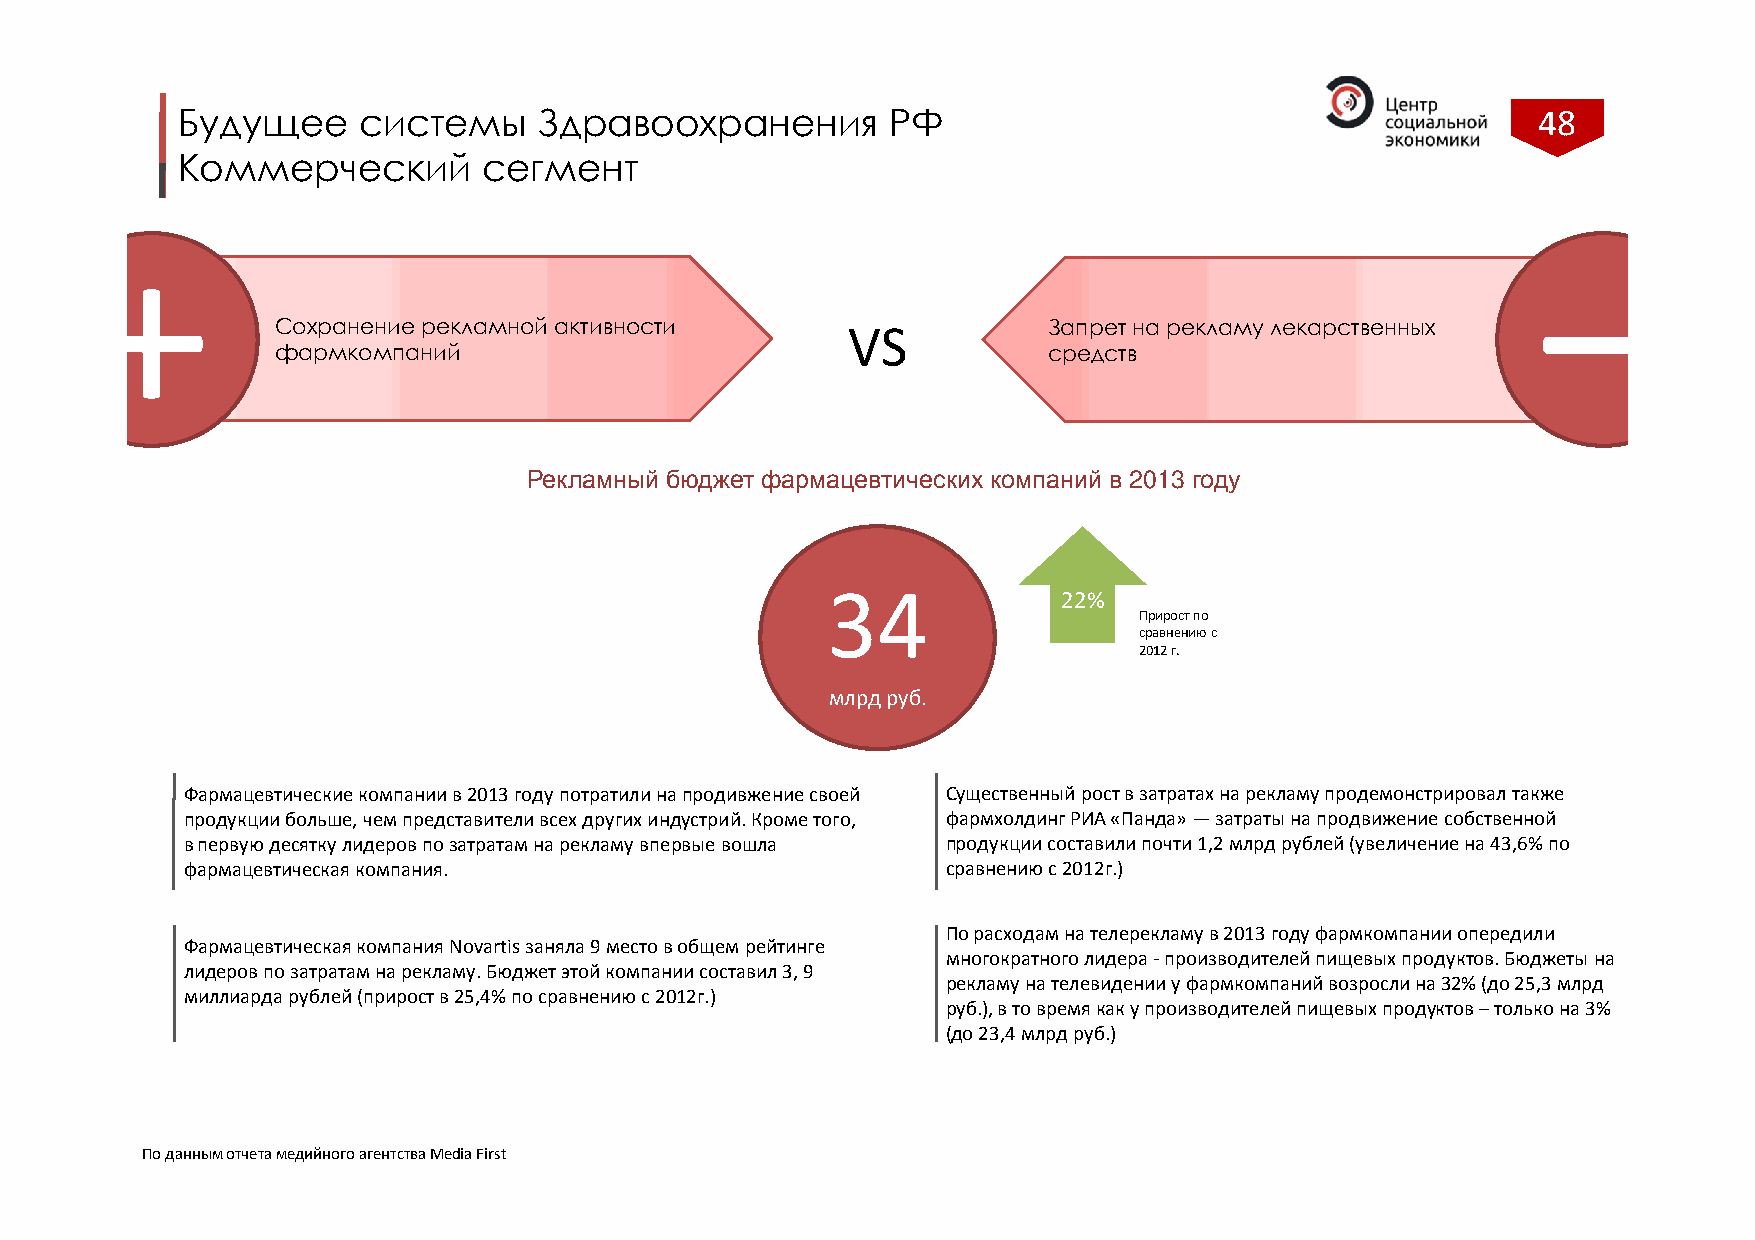
Будущее     системы     Здравоохранения        РФ                                         48
 Коммерческий        сегмент
 +                                                                                               –
 Сохранение рекламной активности       VS           Запрет на рекламу лекарственных
 фармкомпаний                                       средств
 Рекламный бюджет фармацевтических компаний в 2013 году
 34
 22%
 Прирост по
 сравнению с
 2012 г.
 млрдруб.
 Фармацевтические компании в 2013 году потратили на продивжение своей Существенный рост в затратах на рекламу продемонстрировал также
 продукции больше, чем представители всех других индустрий. Кроме того, фармхолдинг РИА «Панда» —затраты на продвижение собственной
 в первую десятку лидеров по затратам на рекламу впервые вошла продукции составили почти 1,2 млрд рублей (увеличение на 43,6% по
 фармацевтическая компания.                         сравнению с 2012г.)
 По расходам на телерекламу в 2013 году фармкомпании опередили
 Фармацевтическая компания Novartis заняла 9 место в общем рейтинге
 многократного лидера -производителей пищевых продуктов. Бюджеты на
 лидеров по затратам на рекламу. Бюджет этой компании составил 3, 9
 рекламу на телевидении у фармкомпаний возросли на 32% (до 25,3 млрд
 миллиарда рублей (прирост в 25,4% по сравнению с 2012г.)
 руб.), в то время как у производителей пищевых продуктов –только на 3%
 (до 23,4 млрд руб.)
 По данным отчета медийного агентства Media First